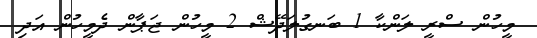
މީހުން ސްރީ ލަންކާ 1 ބަނގުލަދޭޝް 2 މީހުން ޖަޕާން ދެމީހުން އަދި